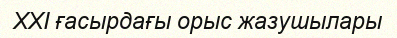
XXI ғасырдағы орыс жазушылары